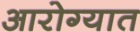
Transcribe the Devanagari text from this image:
आरोग्यात